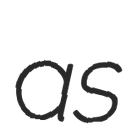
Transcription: as